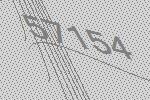
57154